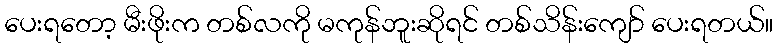
ပေးရတော့ မီးဖိုးက တစ်လကို မကုန်ဘူးဆိုရင် တစ်သိန်းကျော် ပေးရတယ်။